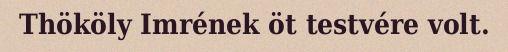
Thököly Imrének öt testvére volt.